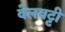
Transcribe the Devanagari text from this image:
वेलवट्टी